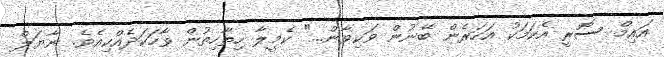
އައިމް ސޮރީ އެކަމަކު އަހަރެން ބޭނުން ވަކިވާން..." ކެމީލާ ހިތާހިތުން ވާހަކަދެއްކިއެވެ. ނާޔަލް